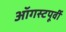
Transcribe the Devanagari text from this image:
ऑगस्टपूर्वी